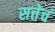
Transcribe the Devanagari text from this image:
सत्तेचं